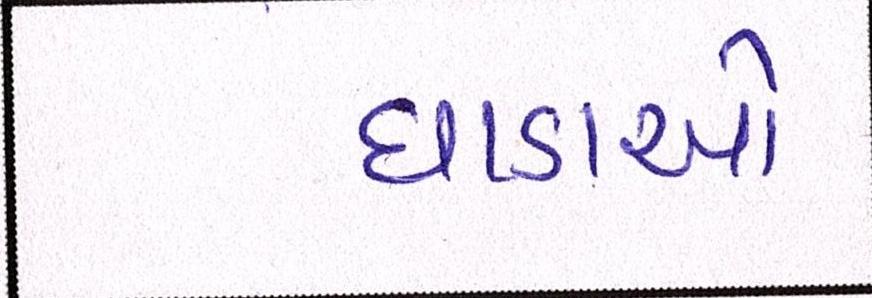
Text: ધાડાઓ